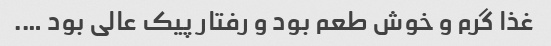
غذا گرم و خوش طعم بود و رفتار پیک عالی بود ….